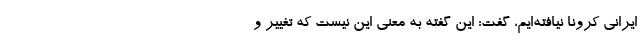
ایرانی کرونا نیافته‌ایم، گفت: این گفته به معنی این نیست که تغییر و